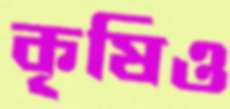
কৃষিও